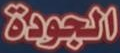
الجودة